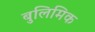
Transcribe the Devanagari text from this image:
बुलिमिक